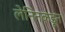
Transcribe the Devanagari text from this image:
लेनिनकडून